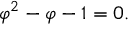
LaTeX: { \varphi } ^ { 2 } - \varphi - 1 = 0 .